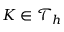
K \in \mathcal { T } _ { h }